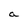
Character: a